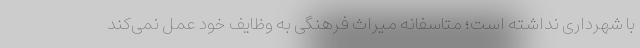
با شهرداری نداشته است؛ متاسفانه میراث فرهنگی به وظایف خود عمل نمی‌کند